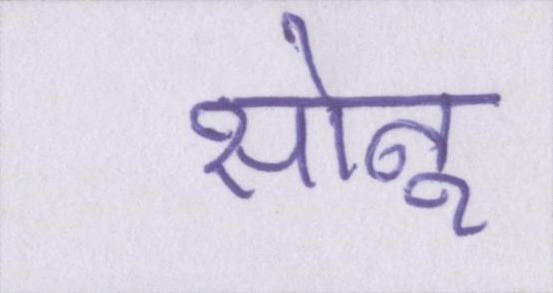
सोनू